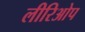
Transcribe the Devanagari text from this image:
लीरिओप